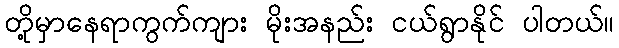
တို့မှာနေရာကွက်ကျား မိုးအနည်း ငယ်ရွာနိုင် ပါတယ်။